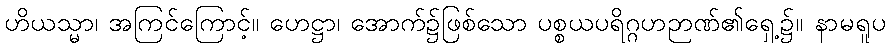
ဟိယသ္မာ၊ အကြင်ကြောင့်။ ဟေဋ္ဌာ၊ အောက်၌ဖြစ်သော ပစ္စယပရိဂ္ဂဟဉာဏ်၏ရှေ့၌။ နာမရူပ